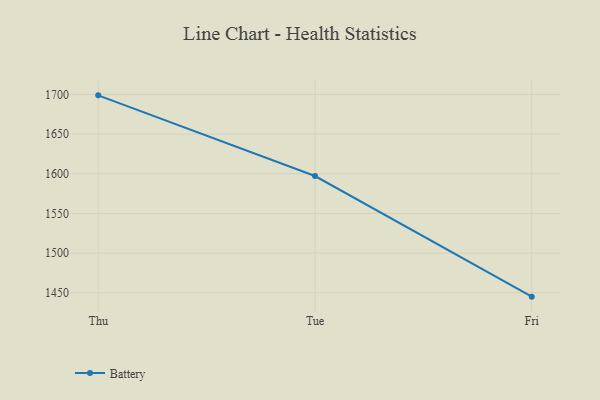
{"axis": {"x": "Day", "y": "Churn Rate (%)"}, "legend": ["Battery"], "data": [{"x": "Thu", "y": 1698.9, "type": "Battery"}, {"x": "Tue", "y": 1597.2, "type": "Battery"}, {"x": "Fri", "y": 1445.1, "type": "Battery"}]}